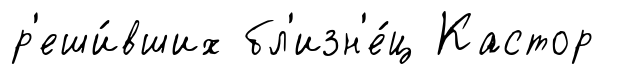
р'еши́вших бл'изн'е́ц Кастор